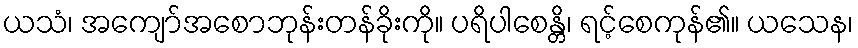
ယသံ၊ အကျော်အစောဘုန်းတန်ခိုးကို။ ပရိပါစေန္တိ၊ ရင့်စေကုန်၏။ ယသေန၊